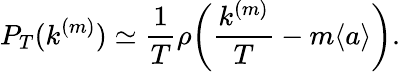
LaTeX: P_{T}(k^{(m)})\simeq\frac{1}{T}\rho\bigg(\frac{k^{(m)}}{T}-m\langle a\rangle\bigg).